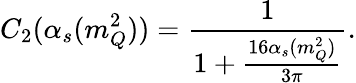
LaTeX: C_{2}(\alpha_{s}(m_{Q}^{2}))=\frac{1}{1+\frac{16\alpha_{s}(m_{Q}^{2})}{3\pi}}.